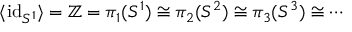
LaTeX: \langle { \mathrm { i d } } _ { S ^ { 1 } } \rangle = \mathbb { Z } = \pi _ { 1 } ( S ^ { 1 } ) \cong \pi _ { 2 } ( S ^ { 2 } ) \cong \pi _ { 3 } ( S ^ { 3 } ) \cong \cdots